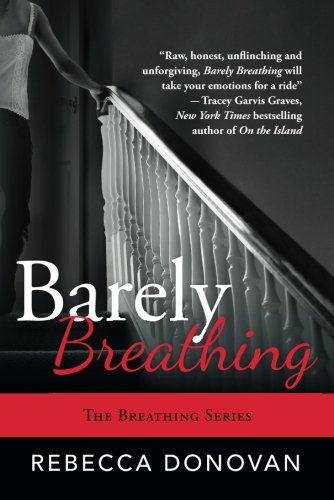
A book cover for Barely Breathing (The Breathing Series); Rebecca Donovan; Teen & Young Adult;